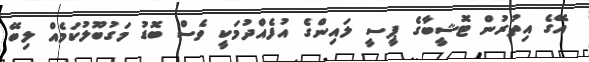
އޭގެ އިތުރުން ޓޮޝީބާގެ ޕީސީ ލައިންގެ އުފެއްދުމަކީ ވެސް ބޮޑު މަގުބޫލުކަމެއް ލިބޭ